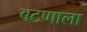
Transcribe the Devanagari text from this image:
बटणाला